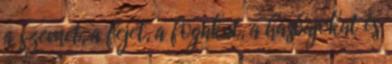
a szemet, a fejet, a fogakat, a hasbajokat és